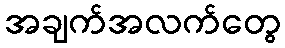
အချက်အလက်တွေ